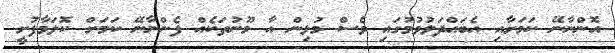
އޮންނާނޭ ކަމަށާއި އެބައްދަލުވުމުގައި ވެސް މުޅިން އާ މޫނުތަކެއް ފެންނާނޭ ކަމަށް ކޮލަމާފުށީ